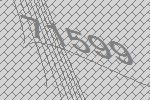
71599